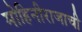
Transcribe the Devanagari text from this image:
मोहिनीराजाची